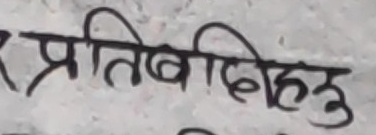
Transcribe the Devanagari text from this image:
प्रतिबिहिहरू